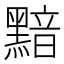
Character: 黯